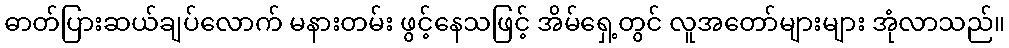
ဓာတ်ပြားဆယ်ချပ်လောက် မနားတမ်း ဖွင့်နေသဖြင့် အိမ်ရှေ့တွင် လူအတော်များများ အုံလာသည်။